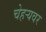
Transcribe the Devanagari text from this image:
चेहर्‍यवर